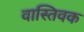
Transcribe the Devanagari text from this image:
वास्‍तिवक